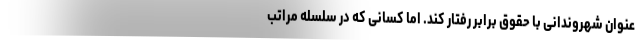
عنوان شهروندانی با حقوق برابر رفتار کند. اما کسانی که در سلسله مراتب